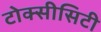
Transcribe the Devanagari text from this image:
टोक्सीसिटी